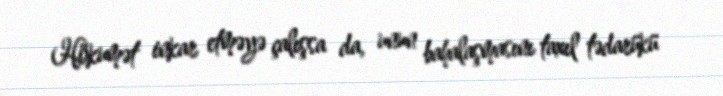
Hökumət inkar etməyə çalışsa da, unun bahalaşmasını taxıl tədarükü